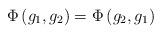
LaTeX: \begin{align*}\Phi \left( g_1,g_2\right) =\Phi \left( g_2,g_1\right)\end{align*}